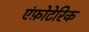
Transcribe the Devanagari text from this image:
एंफ़ोटेरिक